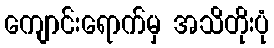
ကျောင်းရောက်မှ အသိတိုးပုံ